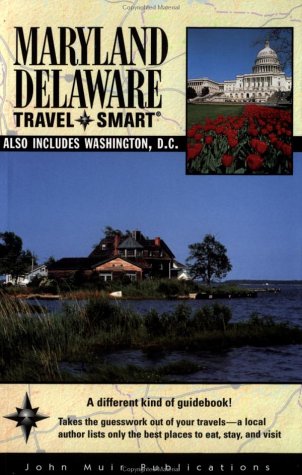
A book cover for Travel Smart: Maryland/Delaware: Also Includes Washington, D.C.; Sheila Kinkade; Travel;